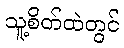
သူ့စိတ်ထဲတွင်